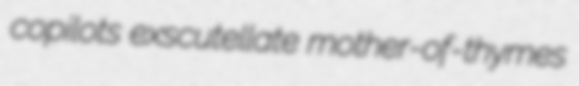
copilots exscutellate mother-of-thymes